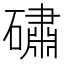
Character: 䃤